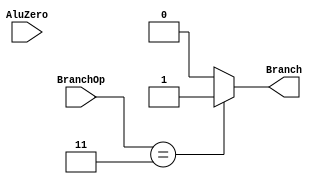
////////////////////////////////////////////////
// BRANCH_CTRL.V
//
// TU/e Eindhoven University Of Technology
// Eindhoven, The Netherlands
// 
// Based on work by Sander Stuijk
// 
// Function:
//
// Version:
//     (27-01-2014): initial version
//
//////////////////////////////////////////////!/

module BRANCH_CTRL(BranchOp, AluZero, Branch);
    input   [1:0]   BranchOp;
    input   [0:0]   AluZero;
    output  [0:0]   Branch;
    reg     [0:0]   Branch;
    
    always @(BranchOp or AluZero)
        begin : branch_ctrl_thread
				Branch = 0;
				
				if (BranchOp == 3)
				begin
					Branch = 1;
				end

//            case (BranchOp)
//            0:  // No branch
//                Branch = 1'b0;
//                
//            1:  // Branch on equal
//                begin
//                    if (AluZero == 1)
//                        Branch = 1'b1;
//                    else
//                        Branch = 1'b0;
//                end
//                
//            2:  // Branch on non equal
//                begin
//                    if (AluZero != 1'b1)
//                        Branch = 1'b1;
//                    else
//                        Branch = 1'b0;
//                end
//                
//            3:  // Jump
//                Branch = 1'b1;
//                
//            endcase					
        end

endmodule